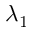
\lambda _ { 1 }